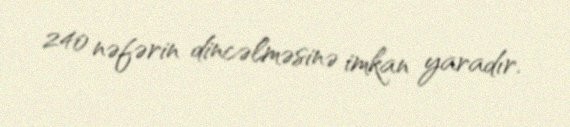
240 nəfərin dincəlməsinə imkan yaradır.